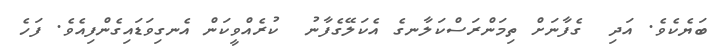
ބަޔެކެވެ. އަދި  ގެފާނަށް ތިމަންރަސްކަލާނގެ އެކަލޭގެފާނު  ކުރެއްވީކަން އެނގިވަޑައިގެންފިއެވެ. ފަހެ